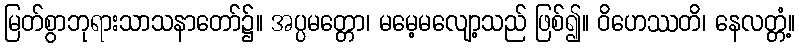
မြတ်စွာဘုရားသာသနာတော်၌။ အပ္ပမတ္တော၊ မမေ့မလျော့သည် ဖြစ်၍။ ဝိဟေဿတိ၊ နေလတ္တံ့။